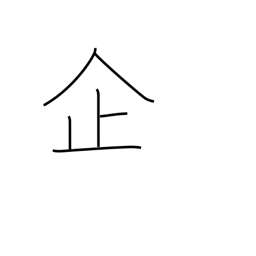
Meaning: plan